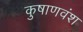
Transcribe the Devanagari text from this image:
कुषाणवंश